Lunatic asylums Madras 1892-1911 - 1892-1911
Year: 1892
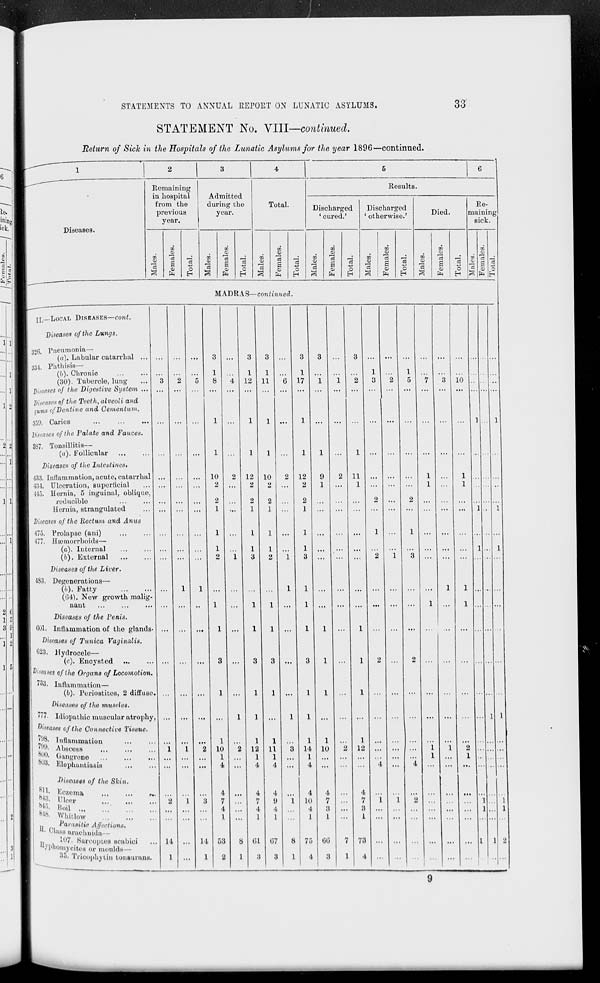
STATEMENTS TO ANNUAL REPORT ON LUNATIC ASYLUMS.
33
STATEMENT No. VIII—continued.
Return of Side in the Hospitals of the Lunatic Asylums for the year 1896—continued.
Diseases.
Remaining
in hospital
from the
previous
year.
Admitted
during the
year.
73
CO
GO
01
O
"3
S
GO
0)
75
a
c8
S
ft
O
ft
o
H
Total.
Results.
Discharged
' cured.'
GO
73
a
GO
GO
<D
01
c3
c8
s c3
-w
0
73
a
s
01
ft
H
ft
o
H
Discharged
1 otherwise.'
m
0)
GO
01
73
S
o
ft
o
Died.
GO
0>
a
GO
GO
CO
o
es
Cfl
a c3 OJ
73
a
e ei
01
0
01
ft
H
ft in
Re-
maining
sick.
MADRAS— continued.
475.
477.
483.
II.—LOCAL DISEASES—cont.
Diseases of the Lungs.
326. Pneumonia—
((/). Labular catarrhal .
334. Phthisis—
(fr). Clirohic
(30). Tubercle, lung
Diseases of the Digestive System .
Diseases of the Teeth, alveoli and
gums of Dentine and Gementum.
359. Caries
Diseases of the Falate and Fauces.
337. Tonsillitis—
(a). Follicular
Diseases of tltc Intestines.
433. Inflammation, acute, catarrhal
434. Ulccration, superficial
443. Hernia, 5 inguinal, oblique,
redncible
Hernia, strangulated
Diseases of the Rectum and Anus
Prolapse (ani)
Haemorrhoids—
(a). Internal
(b). External
Diseases of the Liver.
Degenerations—
(//). Fatty
(04). New growth malig-
nant
Diseases of the Penis.
Col. Inflammation of the glands-
Diseases of Tunica Vaginalis.
C23. Hyclrocelo—
(c). Encysted ...
Diseases of the Organs of Locomotion.
i*A. Inflammation—
{b). Periostites, 2 diffuse.
Diseases of tlie muscles.
"7. Idiopathic muscular atrophy,
leases of the Connective Tissue.
'
!J8 - Inflammation
' ' ' "•>• Abscess
800. Gangrene
Wi - Elephantiasis
Diseases of the Skin.
*!!• Eoaema
^8. in,,.,.
5* 5 - Boil ...
* 1 *- Whitlow
..
Parasitic Afftrtions.
Ui Class araohnida
..
107. Sarooptea aoabioj
Vpaomyoites or moulds—
•i-j- Trioophytin tonsurans.
1-1
1
10
2
2
1
U
1
l
4 I 12
1
11
1
10
2
1
4> ...
4
7
4
1 ...
53
8
2
1
1
12
1
4
01
a
I
17
12 10
2
2
2
2
1
1
1
11
1
4
07
3
12
2
2
1
1
14
1
4
4
10
4
1
To
4
0
1
1
10
00
11
1
1
12
73
10
9